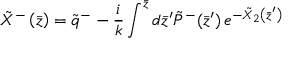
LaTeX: \tilde { X } ^ { - } \left( \bar { z } \right) = \tilde { q } ^ { - } - \frac i k \int ^ { \bar { z } } d \bar { z } ^ { \prime } \tilde { P } ^ { - } ( \bar { z } ^ { \prime } ) \, e ^ { - \tilde { X } _ { 2 } \left( \bar { z } ^ { \prime } \right) }